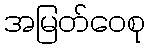
အမြတ်ဝေစု